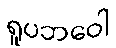
ရူပဘဝေါ